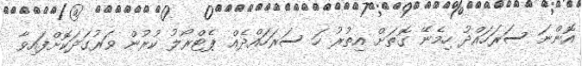
އޮންނަ ސަރަހައްދު ހިމެނޭ ގޮތަށް އިތުރު ހަ ސަރަހައްދެއް ޕެޓްރޯލު ކުރުން ވަރުގަދަކޮށްފައިވާ